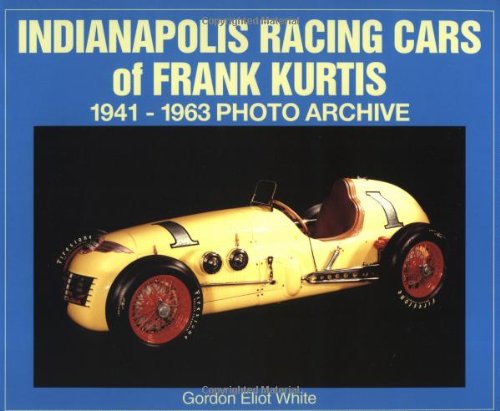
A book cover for Indianapolis Racing Cars of Frank Kurtis 1941-1963 Photo Archive; Gordon White; Sports & Outdoors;